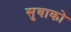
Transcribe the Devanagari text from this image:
सुवाको